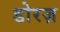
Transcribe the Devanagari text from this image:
डोरज़